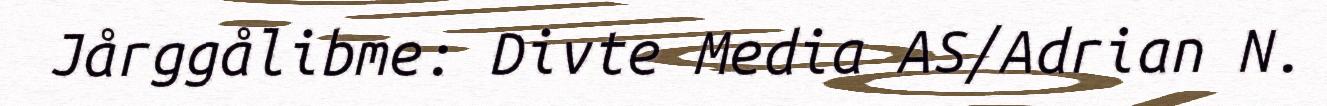
Jårggålibme: Divte Media AS/Adrian N.